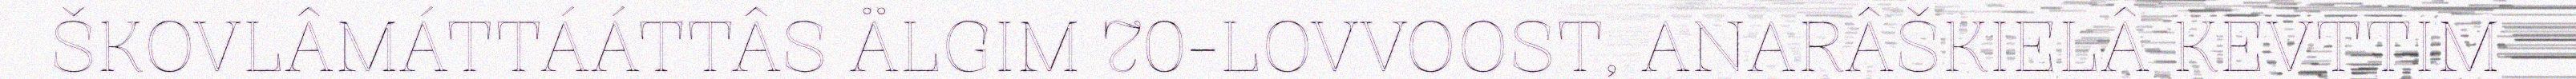
ŠKOVLÂMÁTTÁÁTTÂS ÄLGIM 70-LOVVOOST, ANARÂŠKIELÂ KEVTTIM